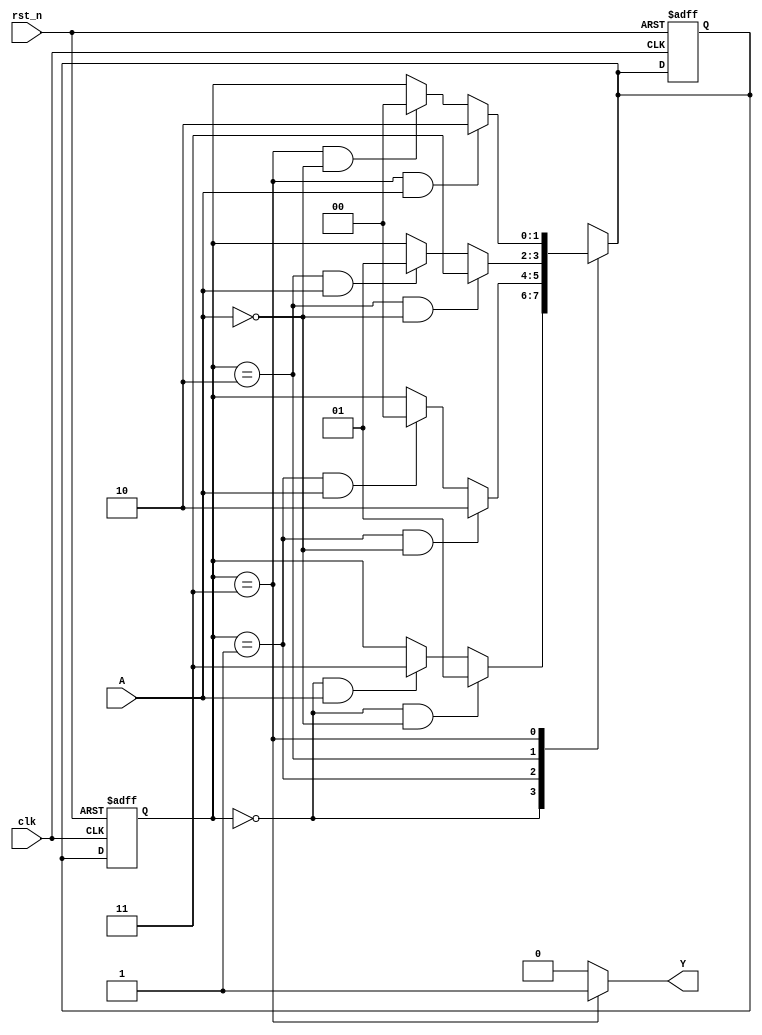
`timescale 1ns/1ns

module seq_circuit(
      input                A   ,
      input                clk ,
      input                rst_n,
 
      output   wire        Y   
);

parameter IDLE = 2'd0;
parameter S1 = 2'd1;
parameter S2 = 2'd2;
parameter S3 = 2'd3;

reg [1:0] state_c;
reg [1:0] state_n;
wire idl2s1_start;
wire idl2s3_start;
wire s12s2_start;
wire s12idl_start;
wire s22s3_start;
wire s22s1_start;
wire s32idl_start;
wire s32s2_start;           

//always(
always@(posedge clk or negedge rst_n)begin
    if(!rst_n)begin
        state_c <= IDLE;
        state_n <= IDLE;
    end
    else begin
        state_c <= state_n;
    end
end
                    
//always
always@(*)begin
    case(state_c)
        IDLE:begin
            if(idl2s1_start)begin
                state_n = S1;
            end
            else if(idl2s3_start)begin
                state_n = S3;
            end
            else begin
                state_n = state_c;
            end
        end
        S1:begin
            if(s12s2_start)begin
                state_n = S2;
            end
            else if(s12idl_start)begin
                state_n = IDLE;
            end
            else begin
                state_n = state_c;
            end
        end
        S2:begin
            if(s22s3_start)begin
                state_n = S3;
            end
            else if(s22s1_start)begin
                state_n = S1;
            end
            else begin
                state_n = state_c;
            end
        end
        S3:begin
            if(s32s2_start)begin
                state_n = S2;
            end
            else if(s32idl_start)begin
                state_n = IDLE;
            end
            else begin
                state_n = state_c;
            end
        end
        default:begin
            state_n = IDLE;
        end
    endcase
end
                    
//
assign idl2s1_start  = state_c==IDLE && A ==0;
assign idl2s3_start  = state_c==IDLE && A == 1;
assign s12s2_start = state_c==S1    && A ==0;
assign s12idl_start = state_c==S1    && A ==1;
assign s22s3_start  = state_c==S2    && A ==0;
assign s22s1_start  = state_c==S2    && A ==1;
assign s32idl_start  = state_c==S3    && A ==0;
assign s32s2_start  = state_c==S3    && A ==1;

assign Y = (state_c == 2'b11) ? 1 : 0;



endmodule